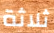
ثلاثة